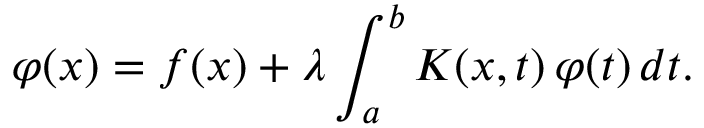
\varphi ( x ) = f ( x ) + \lambda \int _ { a } ^ { b } K ( x , t ) \, \varphi ( t ) \, d t .